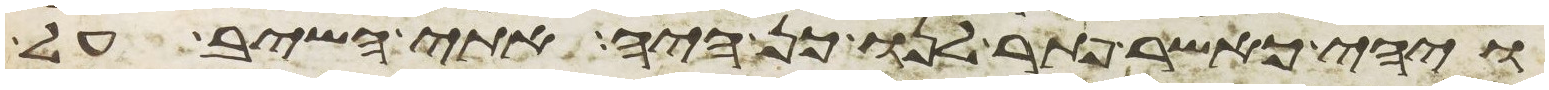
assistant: ויהי כאשר פתר לנו כן היה אתי השיב על